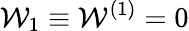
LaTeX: \mathcal{W}_{1}\equiv\mathcal{W}^{(1)}=0